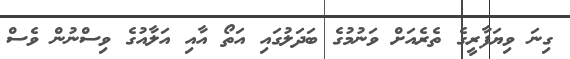
ގިނަ ވިޔަފާރީގެ ތެރެއަށް ވަނުމުގެ ބަދަލުގައި އަތޯ އާއި އަލާއުގެ ވިސްނުން ވެސް